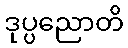
ဒုပ္ပညောတိ